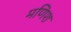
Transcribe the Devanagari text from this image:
मणिश